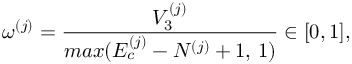
\omega ^ { ( j ) } = \frac { V _ { 3 } ^ { ( j ) } } { m a x ( E _ { c } ^ { ( j ) } - N ^ { ( j ) } + 1 , \, 1 ) } \in [ 0 , 1 ] ,